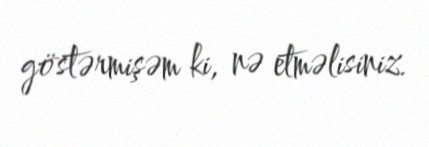
göstərmişəm ki, nə etməlisiniz.